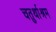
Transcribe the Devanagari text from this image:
चतुर्थाश्रम